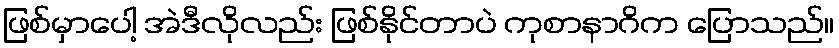
ဖြစ်မှာပေါ့ အဲဒီလိုလည်း ဖြစ်နိုင်တာပဲ ကုစာနာဂိက ပြောသည်။